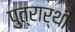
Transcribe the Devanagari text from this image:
पुत्रार्थी